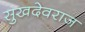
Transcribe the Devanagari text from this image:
सुखदेवराज